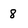
Character: 8